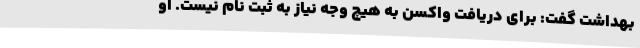
بهداشت گفت: برای دریافت واکسن به هیچ وجه نیاز به ثبت نام نیست. او